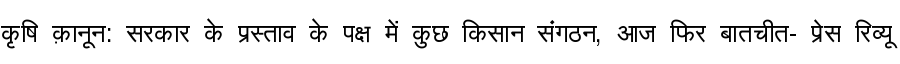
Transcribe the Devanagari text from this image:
कृषि क़ानून: सरकार के प्रस्ताव के पक्ष में कुछ किसान संगठन, आज फिर बातचीत- प्रेस रिव्यू